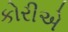
કોરીએ